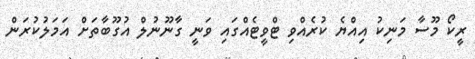
ރީކޯ މޫސާ މަނިކު އިއްޔެ ކުރެއްވި ޓްވީޓެއްގައި ވަނީ ގާނޫނުލް އުގޫބާތަށް އަމަލުކުރަން